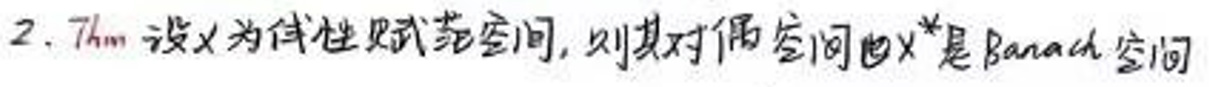
2. \(Thm\) 设\(X\)为赋范赋范空间，则其对偶空间\(X^*\)是Banach空间